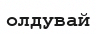
олдувай